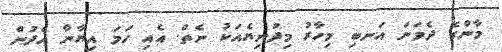
މާންގެ ދެވަނަ އަނބި މިހާރު މިދުނިޔެއަކު ނެތް. އެއި ހަމަ އިޔާނާ ހެދުން